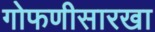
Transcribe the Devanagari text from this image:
गोफणीसारखा